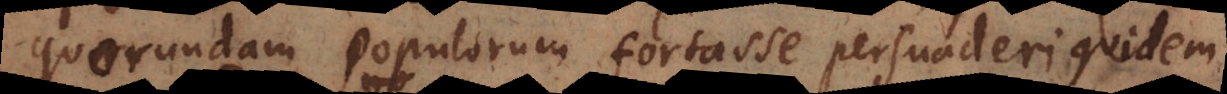
quorundam populorum fortasse persuaderi quidem